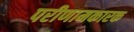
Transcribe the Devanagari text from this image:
परीणामकारक